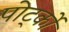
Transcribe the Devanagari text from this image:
पोर्ट्को